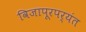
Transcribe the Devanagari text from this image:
विजापूरपर्यंत